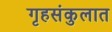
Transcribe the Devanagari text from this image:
गृहसंकुलात